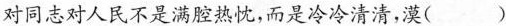
对同志对人民不是满腔热忱，而是冷冷清清，漠（）